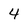
Character: 4